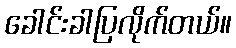
ခေါင်းခါပြလိုက်တယ်။